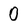
Character: 0